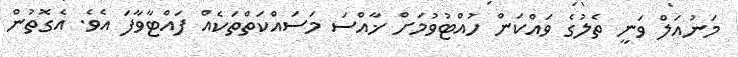
މަނުއަލް ވަނީ ތެލުގެ ވައްކަން ހުއްޓުވުމަށް ޚާއްސަ މަސައްކަތްތަކެއް ފައްޓާވާފަ އެވެ. އެގޮތުން